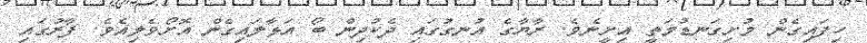
ހިފައިގެން މުށިގަނޑުމަތީ އިށީނެވެ. ރާޔާގެ އުނގުގައި ދެކުދިން ބޯ އަޅާލައިގެން އޮށޯވެލިއެވެ. ފާރުގައި